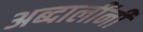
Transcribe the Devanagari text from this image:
अब्दालींनी